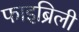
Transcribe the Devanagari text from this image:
फाइब्रिली